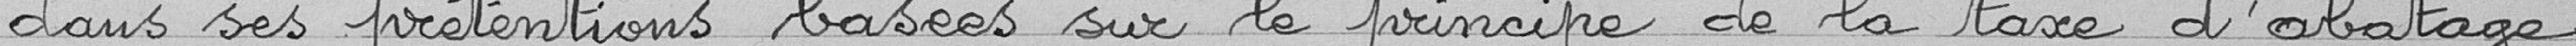
dans ses prétentions basées sur le principe de la taxe d'abatage